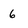
Character: 6